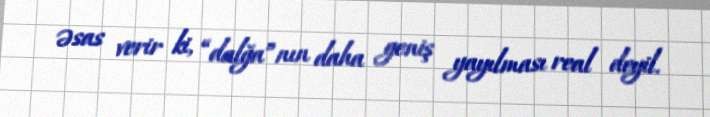
əsas verir ki, “dalğa”nın daha geniş yayılması real deyil.